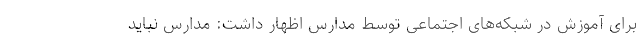
برای آموزش در شبکه‌های اجتماعی توسط مدارس اظهار داشت: مدارس نباید